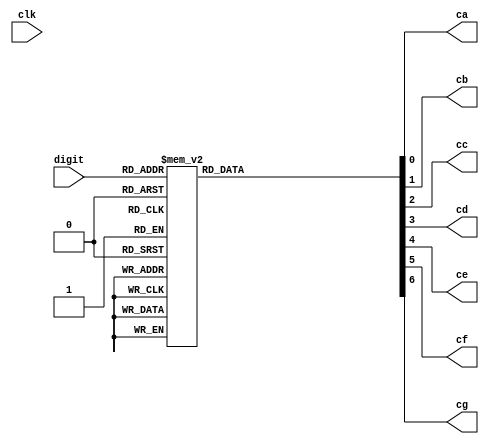
`timescale 1ns / 1ps

module seg7_decoder(
	input clk,
    input [3:0] digit,
    output reg ca,
    output reg cb,
    output reg cc,
    output reg cd,
    output reg ce,
    output reg cf,
    output reg cg
    );
	
	
    always @ (*) begin
		case (digit)
		      4'd0: begin
				    ca = 1'b0;
					 cb = 1'b0;
					 cc = 1'b0;
					 cd = 1'b0;
					 ce = 1'b0;
					 cf = 1'b0;
					 cg = 1'b1;
				end

		      4'd1: begin
				    ca = 1'b1;
					 cb = 1'b0;
					 cc = 1'b0;
					 cd = 1'b1;
					 ce = 1'b1;
					 cf = 1'b1;
					 cg = 1'b1;
				end

		      4'd2: begin
				    ca = 1'b0;
					 cb = 1'b0;
					 cc = 1'b1;
					 cd = 1'b0;
					 ce = 1'b0;
					 cf = 1'b1;
					 cg = 1'b0;
				end

		      4'd3: begin
				    ca = 1'b0;
					 cb = 1'b0;
					 cc = 1'b0;
					 cd = 1'b0;
					 ce = 1'b1;
					 cf = 1'b1;
					 cg = 1'b0;
				end

		      4'd4: begin
				    ca = 1'b1;
					 cb = 1'b0;
					 cc = 1'b0;
					 cd = 1'b1;
					 ce = 1'b1;
					 cf = 1'b0;
					 cg = 1'b0;
				end

		      4'd5: begin
				    ca = 1'b0;
					 cb = 1'b1;
					 cc = 1'b0;
					 cd = 1'b0;
					 ce = 1'b1;
					 cf = 1'b0;
					 cg = 1'b0;
				end

		      4'd6: begin
				    ca = 1'b0;
					 cb = 1'b1;
					 cc = 1'b0;
					 cd = 1'b0;
					 ce = 1'b0;
					 cf = 1'b0;
					 cg = 1'b0;
				end

		      4'd7: begin
				    ca = 1'b0;
					 cb = 1'b0;
					 cc = 1'b0;
					 cd = 1'b1;
					 ce = 1'b1;
					 cf = 1'b1;
					 cg = 1'b1;
				end

		      4'd8: begin
				    ca = 1'b0;
					 cb = 1'b0;
					 cc = 1'b0;
					 cd = 1'b0;
					 ce = 1'b0;
					 cf = 1'b0;
					 cg = 1'b0;
				end

		      4'd9: begin
				    ca = 1'b0;
					 cb = 1'b0;
					 cc = 1'b0;
					 cd = 1'b0;
					 ce = 1'b1;
					 cf = 1'b0;
					 cg = 1'b0;
				end
				 
				default: begin
				    ca = 1'b1;
					 cb = 1'b1;
					 cc = 1'b1;
					 cd = 1'b1;
					 ce = 1'b1;
					 cf = 1'b1;
					 cg = 1'b1;
				end
			endcase
		end

endmodule